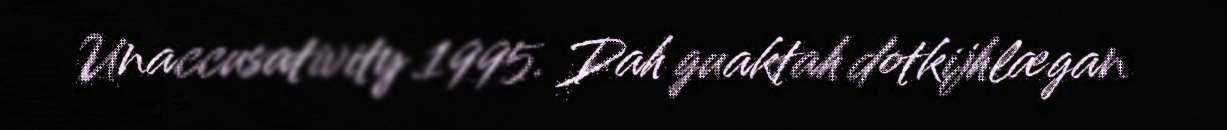
Unaccusativity 1995. Dah guaktah dotkijhlægan